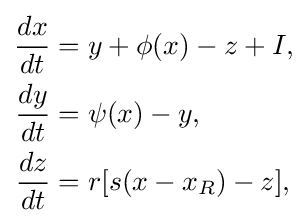
{\begin{aligned}{\frac {dx}{dt}}&=y+\phi (x)-z+I,\\{\frac {dy}{dt}}&=\psi (x)-y,\\{\frac {dz}{dt}}&=r[s(x-x_{R})-z],\end{aligned}}